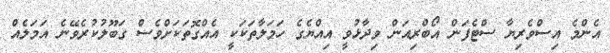
އެންމެ އިސްވެރިޔާ ސްޓެފަން އޯބްރިއަން ވިދާޅުވީ އިއްޔެގެ ހަމަލާތަކަކީ އެއްގޮތަކަށްވެސް ގަބޫލުކުރެވޭނެ އަމަލެއް